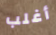
أغلب